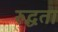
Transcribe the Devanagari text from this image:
रुद्धता